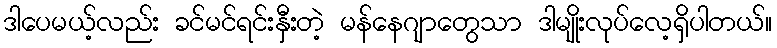
ဒါပေမယ့်လည်း ခင်မင်ရင်းနှီးတဲ့ မန်နေဂျာတွေသာ ဒါမျိုးလုပ်လေ့ရှိပါတယ်။